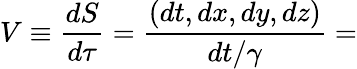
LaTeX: V\equiv{\frac{dS}{d\tau}}={\frac{(dt,dx,dy,dz)}{dt/\gamma}}=